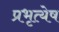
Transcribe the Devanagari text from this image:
प्रभृत्येष